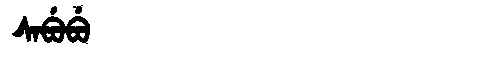
Manchu: ᠰᠠᠪᡠᠪᡠ
Romanization: SABUBU